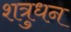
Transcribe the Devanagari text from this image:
शत्रुधन